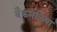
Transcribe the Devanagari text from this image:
बैकनेलिया